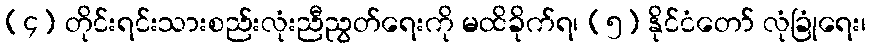
(၄) တိုင်းရင်းသားစည်းလုံးညီညွတ်ရေးကို မထိခိုက်ရ၊ (၅) နိုင်ငံတော် လုံခြုံရေး၊